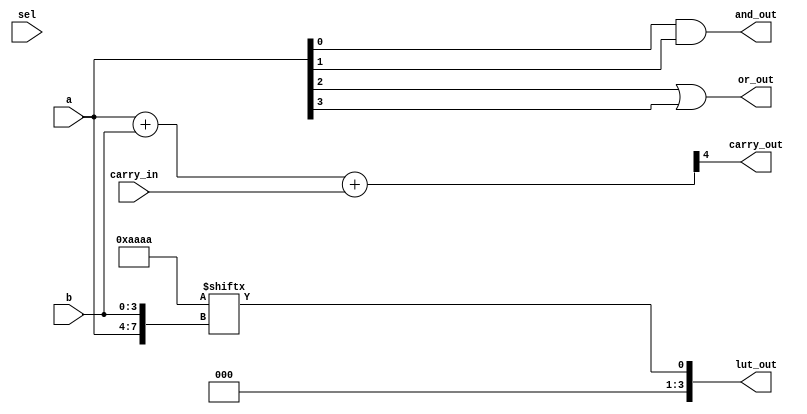
module combinational_logic_block (
    input  wire [3:0]  a,        // 4-bit input vector
    input  wire [3:0]  b,        // 4-bit input vector
    input  wire        sel,      // Multiplexer select signal
    input  wire        carry_in,  // Carry input for arithmetic operations
    output wire        carry_out, // Carry output for arithmetic operations
    output wire [3:0]  lut_out,   // LUT output
    output wire        and_out,    // AND gate output
    output wire        or_out      // OR gate output
);

    // Configuration for the LUT, here we can define the truth table
    reg [15:0] lut; // 16 values for 4-input LUT

    // Combinational logic for LUT
    always @(*) begin
        // Example LUT configuration for a simple function
        lut = 16'b1010101010101010; // Example truth table
        lut_out = lut[{a, b}]; // Output based on the 4-bit input (2 bits from a + 2 bits from b)
    end

    // Multiplexer logic to select between LUT output or direct input
    wire [3:0] mux_out;
    assign mux_out = sel ? lut_out : b; // Select between LUT output and input b

    // Additional logic gates
    assign and_out = a[0] & a[1]; // AND gate using first two bits of input a
    assign or_out = a[2] | a[3];   // OR gate using last two bits of input a

    // Carry logic example (simple addition)
    assign {carry_out, lut_out[3:0]} = {1'b0, a} + {1'b0, b} + carry_in; // Carry out logic

endmodule